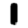
Digit: 1